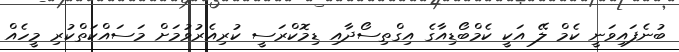
ބުނެފައިވަނީ ކެމް ލޭ އަކީ ކެމްބޯޑިއާގެ އިގްތިސޯދާއި ޑިމޮކްރަސީ ކުރިއެރުވުމަށް މަސައްކަތްކުރި މީހެއް